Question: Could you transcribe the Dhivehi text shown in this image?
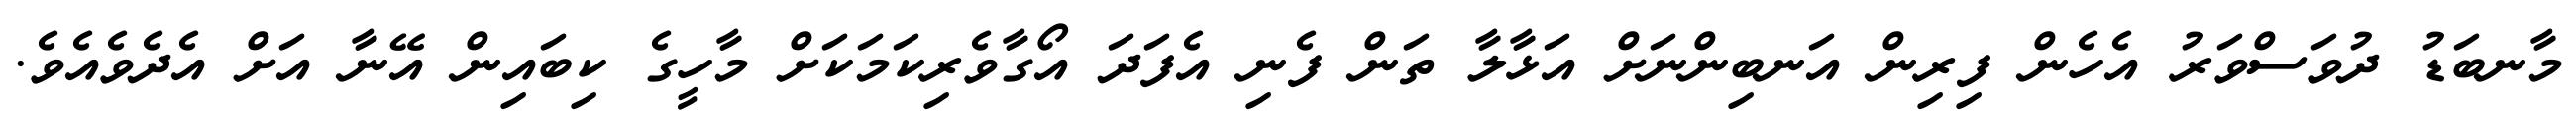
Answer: މާނބަޑު ދުވަސްވަރު އެހެން ފިރިން އަނބިންނަށް އަޅާލާ ތަން ފެނި އެފަދަ އޯގާވެރިކަމަކަށް މާހީގެ ކިބައިން އޭނާ އަށް އެދެވެއެވެ.